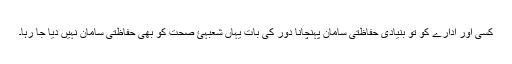
کسی اور ادارے کو تو بنیادی حفاظتی سامان پہنچانا دور کی بات یہاں شعبہئ صحت کو بھی حفاظتی سامان نہیں دیا جا رہا۔